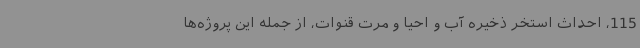
115، احداث استخر ذخیره آب و احیا و مرت قنوات، از جمله این پروژه‌ها